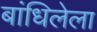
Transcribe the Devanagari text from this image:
बांधिलेला